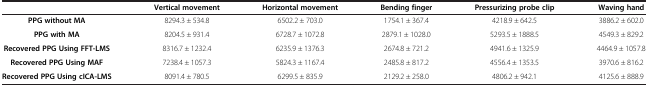
<table><thead><tr><td><b> </b></td><td><b>Vertical movement</b></td><td><b>Horizontal movement</b></td><td><b>Bending finger</b></td><td><b>Pressurizing probe clip</b></td><td><b>Waving hand</b></td></tr></thead><tbody><tr><td><b>PPG without MA</b></td><td>8294.3 ± 534.8</td><td>6502.2 ± 703.0</td><td>1754.1 ± 367.4</td><td>4218.9 ± 642.5</td><td>3886.2 ± 602.0</td></tr><tr><td><b>PPG with MA</b></td><td>8204.5 ± 931.4</td><td>6728.7 ± 1072.8</td><td>2879.1 ± 1028.0</td><td>5293.5 ± 1888.5</td><td>4549.3 ± 829.2</td></tr><tr><td><b>Recovered PPG Using FFT-LMS</b></td><td>8316.7 ± 1232.4</td><td>6235.9 ± 1376.3</td><td>2674.8 ± 721.2</td><td>4941.6 ± 1325.9</td><td>4464.9 ± 1057.8</td></tr><tr><td><b>Recovered PPG Using MAF</b></td><td>7238.4 ± 1057.3</td><td>5824.3 ± 1167.4</td><td>2485.8 ± 817.2</td><td>4556.4 ± 1353.5</td><td>3970.6 ± 816.2</td></tr><tr><td><b>Recovered PPG Using cICA-LMS</b></td><td>8091.4 ± 780.5</td><td>6299.5 ± 835.9</td><td>2129.2 ± 258.0</td><td>4806.2 ± 942.1</td><td>4125.6 ± 888.9</td></tr></tbody></table>